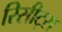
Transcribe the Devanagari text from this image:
रिसीट्स